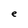
Character: e